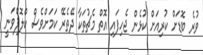
ވުރެ ބޮޑަށް ކުރިއަށް ކުޅެން ޖެހިފައި އޮތް މެޗުތަކާ ދޭތެރޭ ކަމަށްވެސް ކްލޮޕްވަނީ